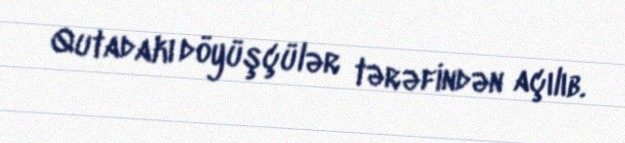
Qutadakı döyüşçülər tərəfindən açılıb.